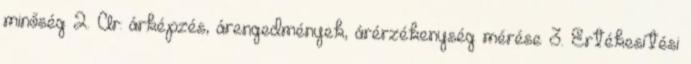
minőség 2. Ár: árképzés, árengedmények, árérzékenység mérése 3. Értékesítési